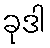
ခုဒါ